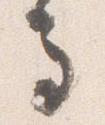
馬